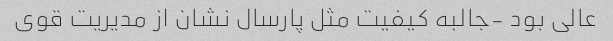
عالی بود -جالبه کیفیت مثل پارسال نشان از مدیریت قوی